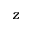
z